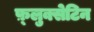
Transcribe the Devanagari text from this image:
फ़्लुक्सेटिन